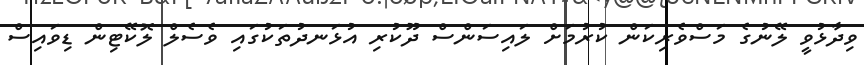
ވިދާޅުވީ ލޭނުގެ މަސްވެރިކަން ކުރުމަށް ލައިސަންސް ދޫކުރި އުޅަނދުތަކުގައި ވެސެލް ލޮކޭޓިން ޑިވައިސް